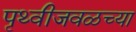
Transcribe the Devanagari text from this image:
पृथ्वीजवळच्या